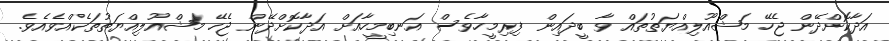
އަދާކޮށްދޭން ޖެހޭ މަޝްއޫލިއްޔަތުތައް ވާ ބީދައިން ފިރިމީހާވެސް އަނބިމީހާއަށް އަދާކޮށްދޭން ޖެހޭ މަޝްއޫލިއްޔަތުތަކެއްވެއެވެ.